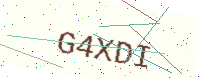
Text: G4XDI